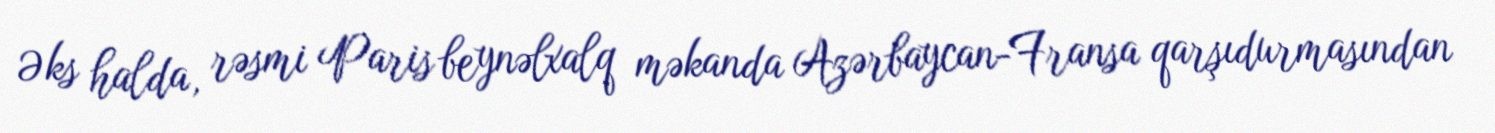
Əks halda, rəsmi Paris beynəlxalq məkanda Azərbaycan-Fransa qarşıdurmasından